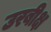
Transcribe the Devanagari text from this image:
उरबीक्ष